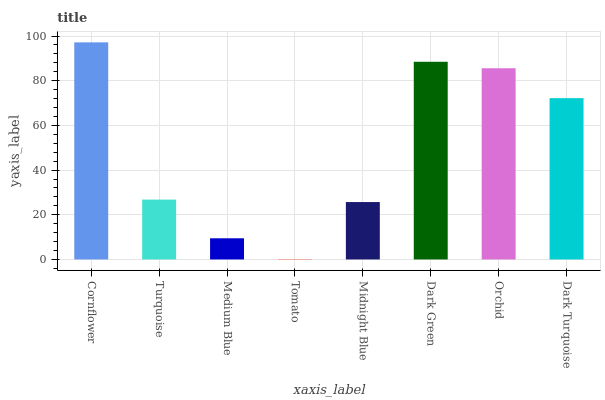
| xaxis_label | bars |
 | --- | --- |
 | Cornflower | 97.2 |
 | Turquoise | 26.8 |
 | Medium Blue | 9.48 |
 | Tomato | 0.193 |
 | Midnight Blue | 25.7 |
 | Dark Green | 88.5 |
 | Orchid | 85.6 |
 | Dark Turquoise | 72.2 |